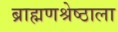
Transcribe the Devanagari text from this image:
ब्राह्मणश्रेष्ठाला